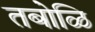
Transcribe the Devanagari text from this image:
तबोळि